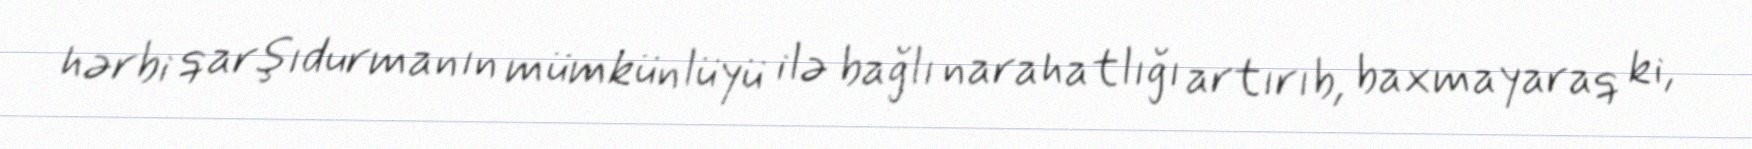
hərbi qarşıdurmanın mümkünlüyü ilə bağlı narahatlığı artırıb, baxmayaraq ki,